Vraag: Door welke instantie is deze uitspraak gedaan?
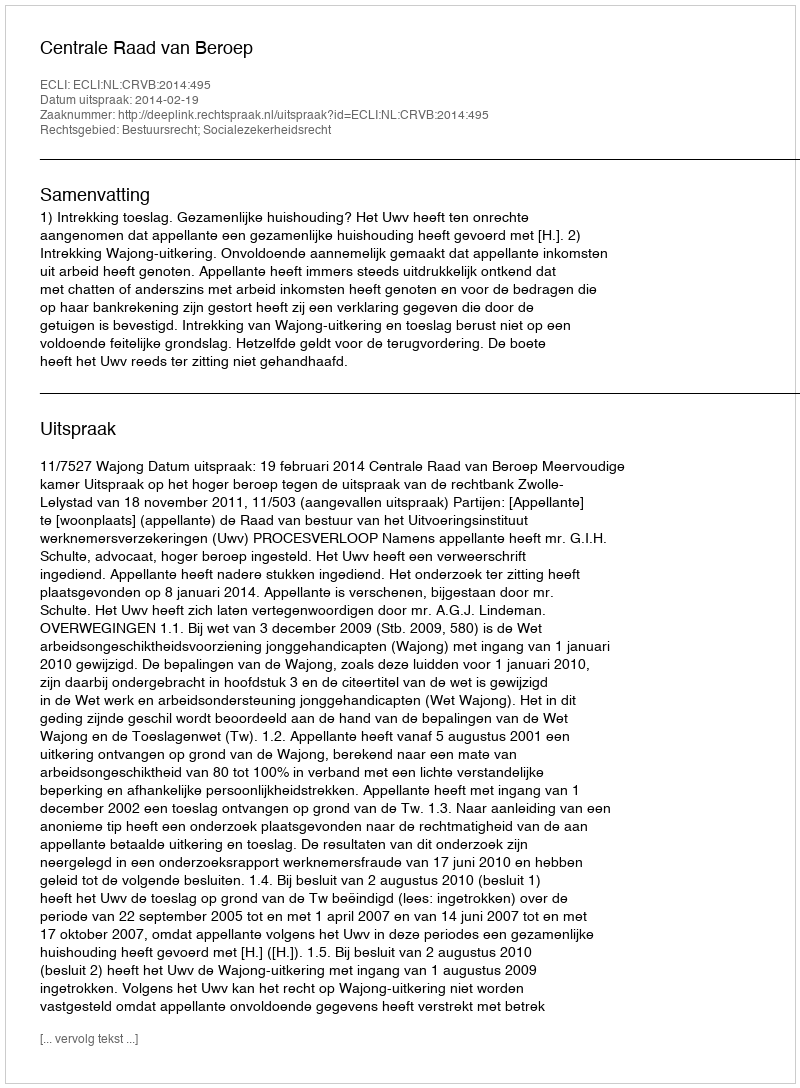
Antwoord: Centrale Raad van Beroep